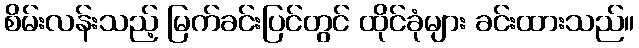
စိမ်းလန်းသည့် မြက်ခင်းပြင်တွင် ထိုင်ခုံများ ခင်းထားသည်။